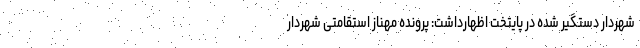
شهردار دستگیر شده در پایتخت اظهارداشت: پرونده مهناز استقامتی شهردار